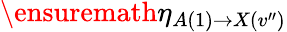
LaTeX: \ensuremath{\eta}_{A(1)\rightarrow X(v^{\prime\prime})}